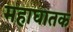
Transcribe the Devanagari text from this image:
महाघातक